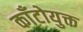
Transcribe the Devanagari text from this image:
काँटोयुक्त